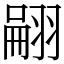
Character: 翤